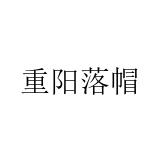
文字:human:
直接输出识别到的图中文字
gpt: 重阳落帽